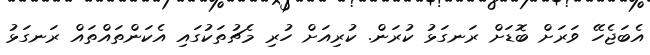
އެބަޖެހޭ ވަރަށް ބޮޑަށް ރަނގަޅު ކުރަން. ކުރިއަށް ހުރި މެޗުތަކުގައި އެކަންތައްތައް ރަނގަޅު